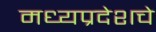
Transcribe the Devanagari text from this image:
मध्यप्रदेशचे